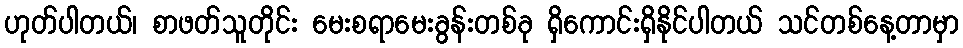
ဟုတ်ပါတယ်၊ စာဖတ်သူတိုင်း မေးစရာမေးခွန်းတစ်ခု ရှိကောင်းရှိနိုင်ပါတယ် သင်တစ်နေ့တာမှာ